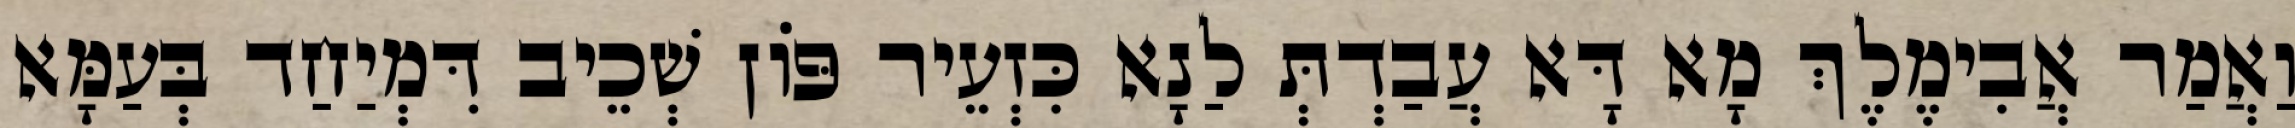
וַאֲמַר אֲבִימֶלֶךְ מָא דָּא עֲבַדְתְּ לַנָא כִּזְעֵיר פּוֹן שְׁכֵיב דִּמְיַחַד בְּעַמָּא